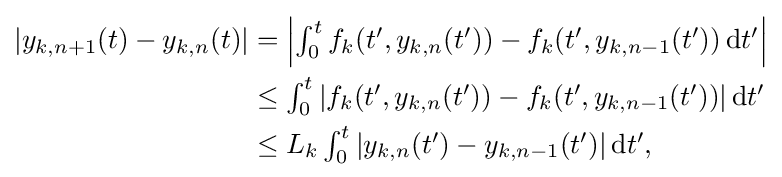
{\begin{aligned}|y_{k,n+1}(t)-y_{k,n}(t)|&=\textstyle \left|\int _{0}^{t}f_{k}(t',y_{k,n}(t'))-f_{k}(t',y_{k,n-1}(t'))\,\mathrm {d} t'\right|\\&\leq \textstyle \int _{0}^{t}|f_{k}(t',y_{k,n}(t'))-f_{k}(t',y_{k,n-1}(t'))|\,\mathrm {d} t'\\&\leq \textstyle L_{k}\int _{0}^{t}|y_{k,n}(t')-y_{k,n-1}(t')|\,\mathrm {d} t',\end{aligned}}